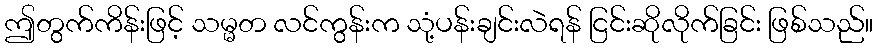
ဤတွက်ကိန်းဖြင့် သမ္မတ လင်ကွန်းက သုံ့ပန်းချင်းလဲရန် ငြင်းဆိုလိုက်ခြင်း ဖြစ်သည်။